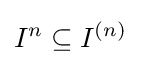
I^{n}\subseteq I^{(n)}